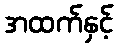
အထက်နှင့်